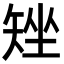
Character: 矬